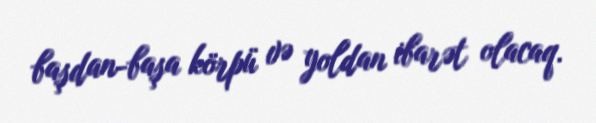
başdan-başa körpü və yoldan ibarət olacaq.